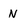
Character: N